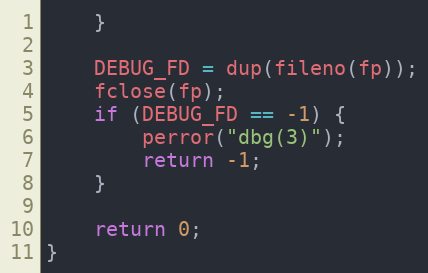
Language: C
	}

	DEBUG_FD = dup(fileno(fp));
	fclose(fp);
	if (DEBUG_FD == -1) {
		perror("dbg(3)");
		return -1;
	}

	return 0;
}